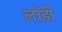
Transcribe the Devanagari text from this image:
लोंडी